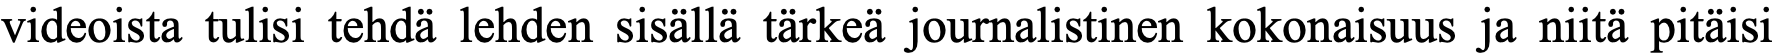
videoista tulisi tehdä lehden sisällä tärkeä journalistinen kokonaisuus ja niitä pitäisi